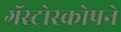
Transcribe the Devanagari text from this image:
गॅस्ट्रोस्कोपने